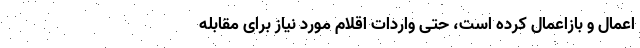
اعمال و بازاعمال کرده است، حتی واردات اقلام مورد نیاز برای مقابله